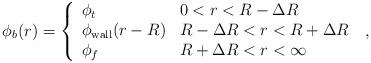
LaTeX: \begin{align*}\phi_b(r)=\left\{\begin{array}{ll} \phi_t & \mbox{$0<r<R-\Delta R$} \\\phi_{\rm wall}(r-R) & \mbox{$R-\Delta R<r<R+\Delta R$} \\\phi_f & \mbox{$R+\Delta R<r<\infty$}\end{array} \right. \;,\end{align*}